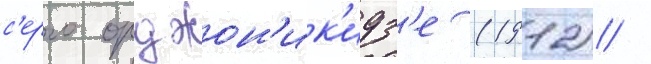
с'ерго орджон'ик'идз'е (1912) /